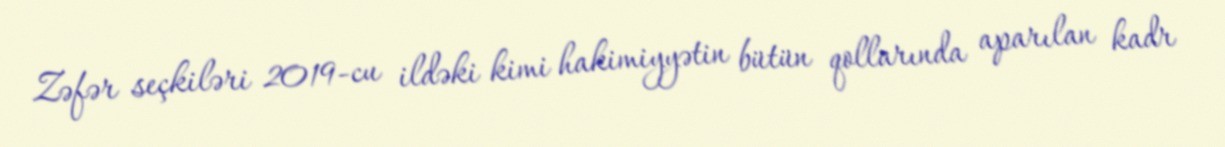
Zəfər seçkiləri 2019-cu ildəki kimi hakimiyyətin bütün qollarında aparılan kadr